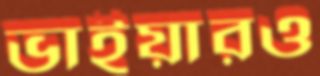
ভাইয়ারও